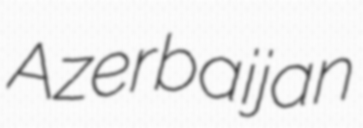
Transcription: Azerbaijan